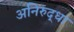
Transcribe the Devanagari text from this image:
अनिरुद्धा